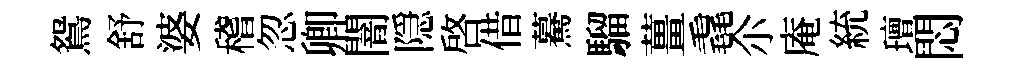
鴛舒婆稽忽卿闇隠啟借驀騮薑毳尒庵統璮悶